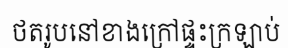
ថតរូបនៅខាងក្រៅផ្ទះក្រឡាប់